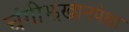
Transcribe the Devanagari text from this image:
चंगीझखानपेक्षा